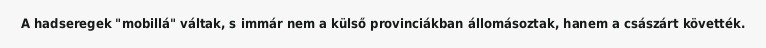
A hadseregek "mobillá" váltak, s immár nem a külső provinciákban állomásoztak, hanem a császárt követték.